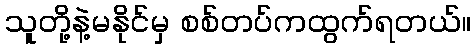
သူတို့နဲ့မနိုင်မှ စစ်တပ်ကထွက်ရတယ်။